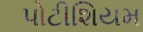
પોટીશિયમ